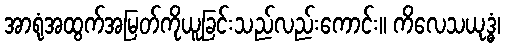
အာရုံအထွက်အမြတ်ကိုယူခြင်းသည်လည်းကောင်း။ ကိလေသယုဒ္ဓံ၊